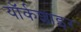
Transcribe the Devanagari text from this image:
यॉर्कशाइर